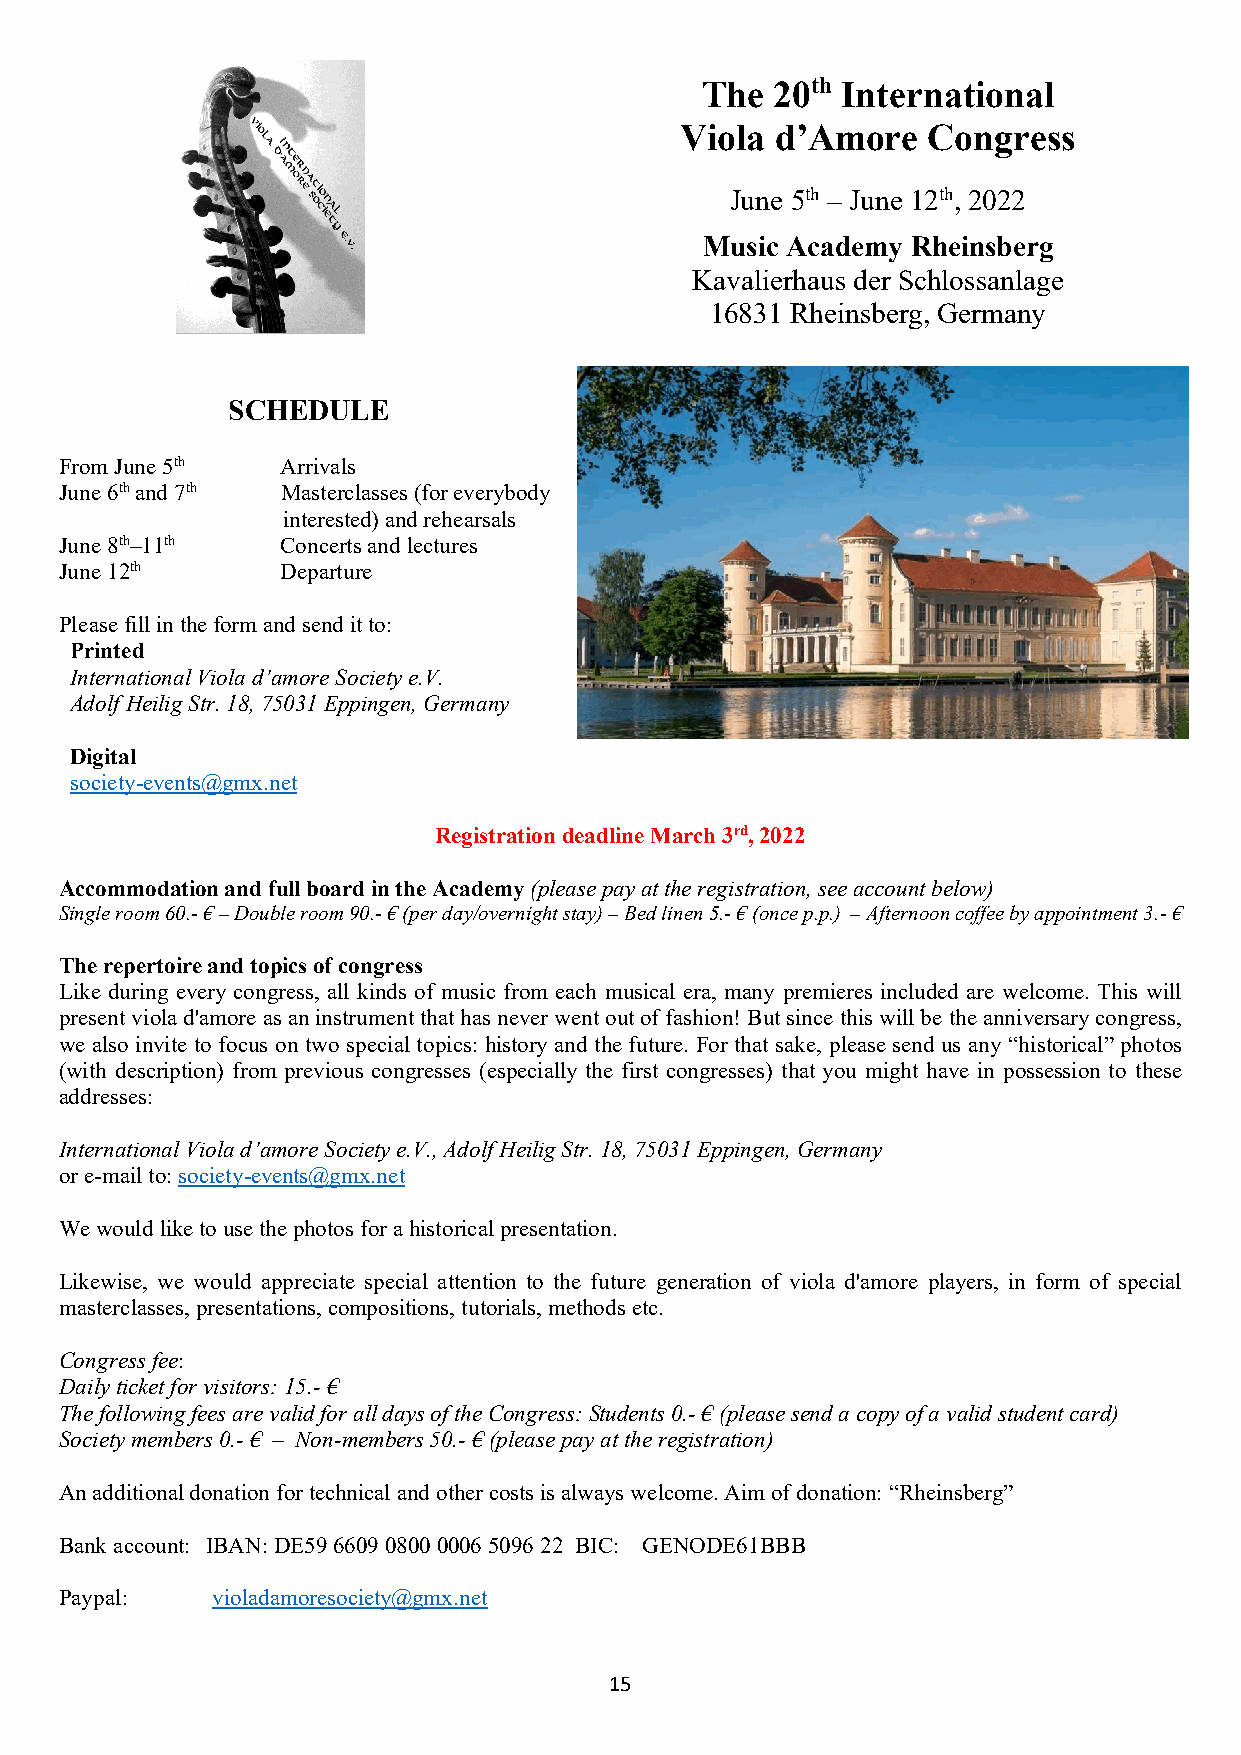
The  20th International
 Viola d’Amore   Congress
 June 5th – June 12th, 2022
 Music Academy Rheinsberg
 Kavalierhaus der Schlossanlage
 16831 Rheinsberg, Germany
 SCHEDULE
 From June 5th  Arrivals
 June 6th and 7th Masterclasses (for everybody
 interested) and rehearsals
 June 8th–11th  Concerts and lectures
 June 12th      Departure
 Please fill in the form and send it to:
 Printed
 International Viola d’amore Society e.V.
 Adolf Heilig Str. 18, 75031 Eppingen, Germany
 Digital
 society-events@gmx.net
 Registration deadline March 3rd, 2022
 Accommodation and full board in the Academy (please pay at the registration, see account below)
 Single room 60.- € – Double room 90.- € (per day/overnight stay) – Bed linen 5.- € (once p.p.) – Afternoon coffee by appointment 3.- €
 The repertoire and topics of congress
 Like during every congress, all kinds of music from each musical era, many premieres included are welcome. This will
 present viola d'amore as an instrument that has never went out of fashion! But since this will be the anniversary congress,
 we also invite to focus on two special topics: history and the future. For that sake, please send us any “historical” photos
 (with description) from previous congresses (especially the first congresses) that you might have in possession to these
 addresses:
 International Viola d’amore Society e.V., Adolf Heilig Str. 18, 75031 Eppingen, Germany
 or e-mail to: society-events@gmx.net
 We would like to use the photos for a historical presentation.
 Likewise, we would appreciate special attention to the future generation of viola d'amore players, in form of special
 masterclasses, presentations, compositions, tutorials, methods etc.
 Congress fee:
 Daily ticket for visitors: 15.- €
 The following fees are valid for all days of the Congress: Students 0.- € (please send a copy of a valid student card)
 Society members 0.- € – Non-members 50.- € (please pay at the registration)
 An additional donation for technical and other costs is always welcome. Aim of donation: “Rheinsberg”
 Bank account: IBAN: DE59 6609 0800 0006 5096 22 BIC: GENODE61BBB
 Paypal:   violadamoresociety@gmx.net
 15